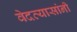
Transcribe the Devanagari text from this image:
वेदव्यासांनी